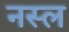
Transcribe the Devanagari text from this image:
नस्‍ल